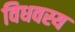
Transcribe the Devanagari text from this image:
विधवस्य